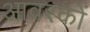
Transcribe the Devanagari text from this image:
आवरकों